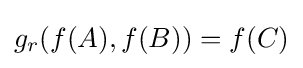
g_{r}(f(A),f(B))=f(C)